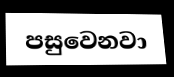
පසුවෙනවා